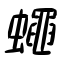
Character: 蠅